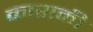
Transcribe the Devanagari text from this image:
काराकी